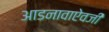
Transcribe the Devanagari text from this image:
आडनावाऐवजी